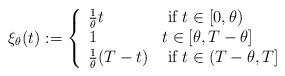
LaTeX: \begin{align*}\xi_{\theta}(t) := \left\{\begin{array}{lll}\frac{1}{\theta}t & \mbox{ if } t \in [0,\theta)\\1 & t \in [\theta,T-\theta]\\\frac{1}{\theta}(T-t) & \mbox{ if } t \in (T-\theta,T]\\\end{array}\right.\end{align*}